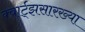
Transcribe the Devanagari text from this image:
क्वार्ट्‌झसारख्या